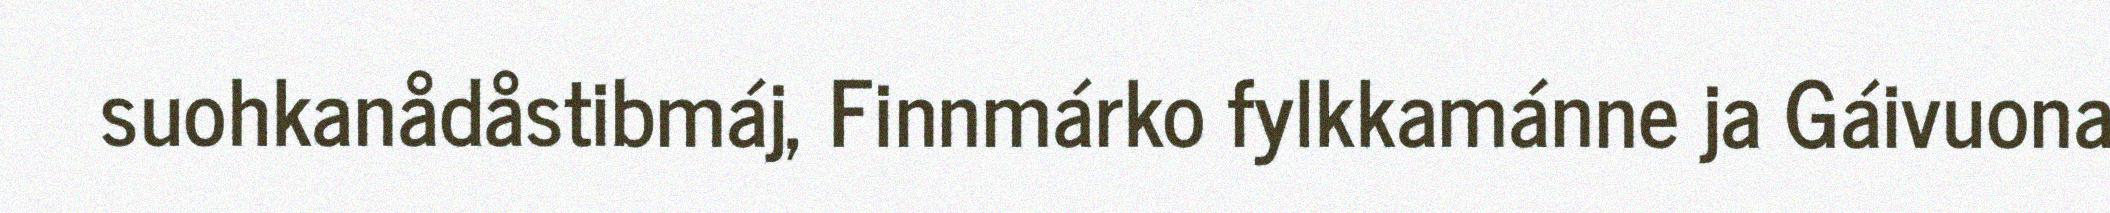
suohkanådåstibmáj, Finnmárko fylkkamánne ja Gáivuona